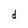
Character: d